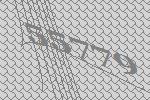
55779